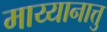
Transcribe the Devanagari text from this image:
माय्यानात्तु